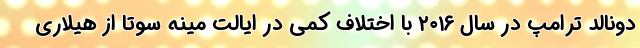
دونالد ترامپ در سال ۲۰۱۶ با اختلاف کمی در ایالت مینه سوتا از هیلاری